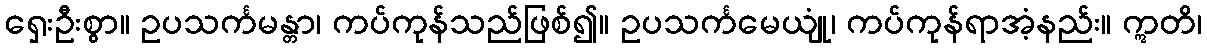
ရှေးဦးစွာ။ ဥပသင်္ကမန္တာ၊ ကပ်ကုန်သည်ဖြစ်၍။ ဥပသင်္ကမေယျုံ၊ ကပ်ကုန်ရာအံ့နည်း။ ဣတိ၊